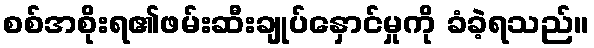
စစ်အစိုးရ၏ဖမ်းဆီးချုပ်နှောင်မှုကို ခံခဲ့ရသည်။